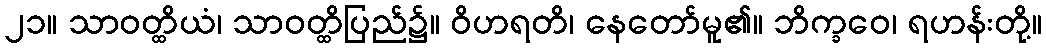
၂၁။ သာဝတ္ထိယံ၊ သာဝတ္ထိပြည်၌။ ဝိဟရတိ၊ နေတော်မူ၏။ ဘိက္ခဝေ၊ ရဟန်းတို့။